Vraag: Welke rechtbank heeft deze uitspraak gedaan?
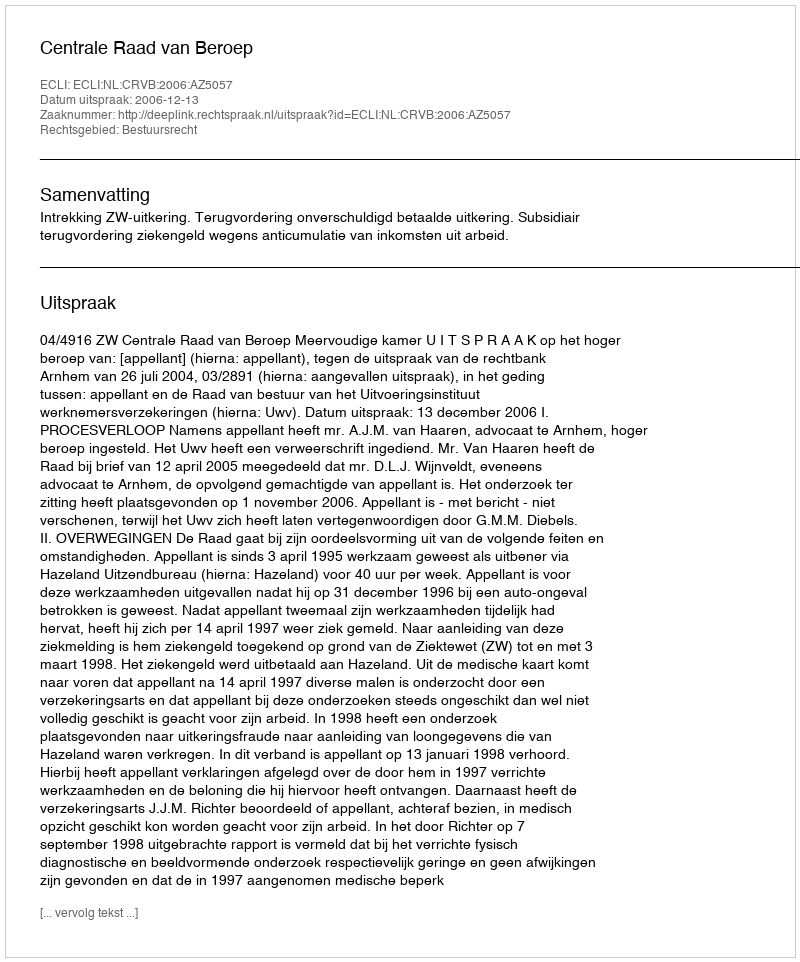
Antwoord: Centrale Raad van Beroep